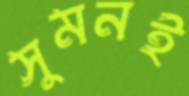
সুমনই